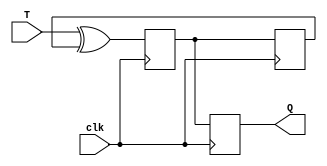
module t_FF (
    input T,
    input clk,
    output reg Q
);

reg M, S;

always @ (posedge clk) begin
    M <= T ^ S;
    S <= M;
    Q <= M;
end

endmodule